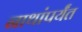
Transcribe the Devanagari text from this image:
नाथांपर्यंत